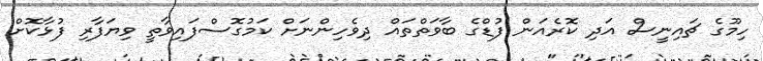
ހިމޫގެ ޗައިނީސް އަދި ކޮރެއަން ފުޑްގެ ބާވަތްތައް ދިވެހިންނަށް ކަމުގޮސްފައިވާތީ ވިޔަފާރި ފުޅާކޮށް